Indian journal of veterinary science and animal husbandry - Volume 8,
Year: 1938
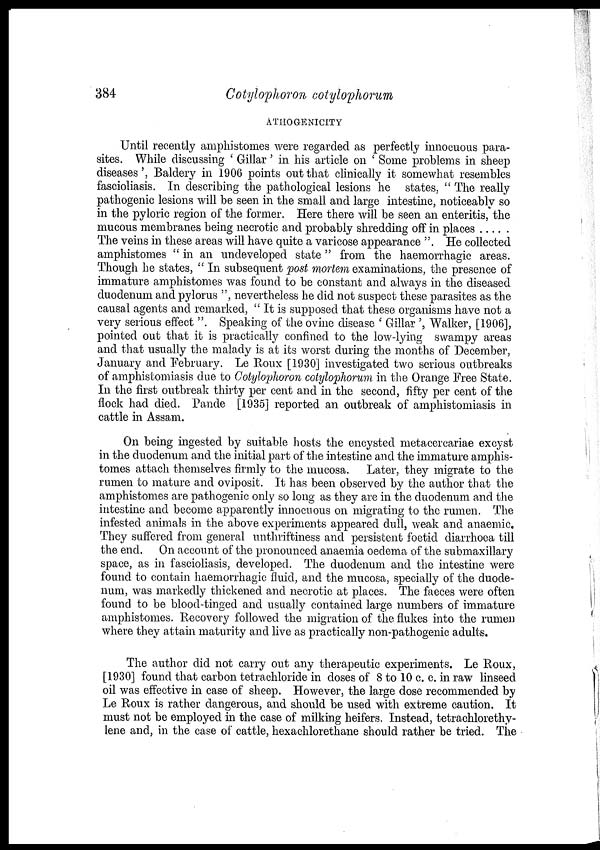
384
Cotylophoron cotylophorum
ATHOGENICITY
Until recently amphistomes were regarded as perfectly innocuous para-
sites. While discussing ' Gillar' in his article on ' Some problems in sheep
diseases', Baldery in 1906 points out that clinically it somewhat resembles
fascioliasis. In describing the pathological lesions he states, " The really
pathogenic lesions will be seen in the small and large intestine, noticeably so
in the pyloric region of the former. Here there will be seen an enteritis, the
mucous membranes being necrotic and probably shredding off in places
The veins in these areas will have quite a varicose appearance ". He collected
amphistomes " in an undeveloped state " from the haemorrhagic areas.
Though he states, " In subsequent post mortem examinations, the presence of
immature amphistomes was found to be constant and always in the diseased
duodenum and pylorus ", nevertheless he did not suspect these parasites as the
causal agents and remarked, " It is supposed that these organisms have not a
very serious effect ". Speaking of the ovine disease ' Gillar ', Walker, [1906],
pointed out that it is practically confined to the low-lying swampy areas
and that usually the malady is at its worst during the months of December,
January and February. Le Roux [1930] investigated two serious outbreaks
of amphistomiasis due to Cotylophoron cotylophorum in the Orange Free State.
In the first outbreak thirty per cent and in the second, fifty per cent of the
flock had died. Pande [1935] reported an outbreak of amphistomiasis in
cattle in Assam.
On being ingested by suitable hosts the encysted metacercariae excyst
in the duodenum and the initial part of the intestine and the immature amphis-
tomes attach themselves firmly to the mucosa. Later, they migrate to the
rumen to mature and oviposit. It has been observed by the author that the
amphistomes are pathogenic only so long as they are in the duodenum and the
intestine and become apparently innocuous on migrating to the rumen. The
infested animals in the above experiments appeared dull, weak and anaemic.
They suffered from general unthriftiness and persistent foetid diarrhoea till
the end. On account of the pronounced anaemia oedema of the submaxillary
space, as in fascioliasis, developed. The duodenum and the intestine were
found to contain haemorrhagic fluid, and the mucosa, specially of the duode-
num, was markedly thickened and necrotic at places. The faeces were often
found to be blood-tinged and usually contained large numbers of immature
amphistomes. Recovery followed the migration of the flukes into the rumen
where they attain maturity and live as practically non-pathogenic adults.
The author did not carry out any therapeutic experiments. Le Roux,
[1930] found that carbon tetrachloride in doses of 8 to 10 c. c. in raw linseed
oil was effective in case of sheep. However, the large dose recommended by
Le Roux is rather dangerous, and should be used with extreme caution. It
must not be employed in the case of milking heifers. Instead, tetrachlorethy-
lene and, in the case of cattle, hexachlorethane should rather be tried. The